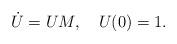
LaTeX: \begin{align*}\dot{U}=UM,{\quad} U(0)=1. \end{align*}